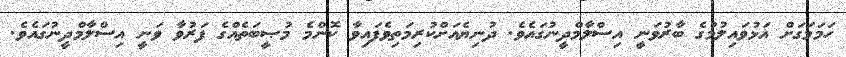
ހަމަމަގަށް އަޅުވައިލުމުގެ ބާރުވަނީ އިސްލާމްދީނުގައެވެ. ދުނިޔެއަށްކުރިމަތިވެފައިވާ ކޮންމެ މުޞީބަތެއްގެ ފަރުވާ ވަނީ އިސްލާމްދީނުގައެވެ.